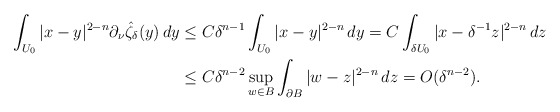
\begin{align*}\int_{U_0}|x-y|^{2-n}\partial_\nu\hat \zeta_\delta(y)\, dy&\leq C\delta^{n-1}\int_{U_0}|x-y|^{2-n}\, dy=C\int_{\delta U_0}|x-\delta^{-1}z|^{2-n}\, dz\\&\leq C\delta^{n-2} \sup_{w\in B}\int_{\partial B}|w-z|^{2-n}\, dz=O(\delta^{n-2}).\end{align*}